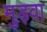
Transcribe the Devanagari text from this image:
मुड़वा